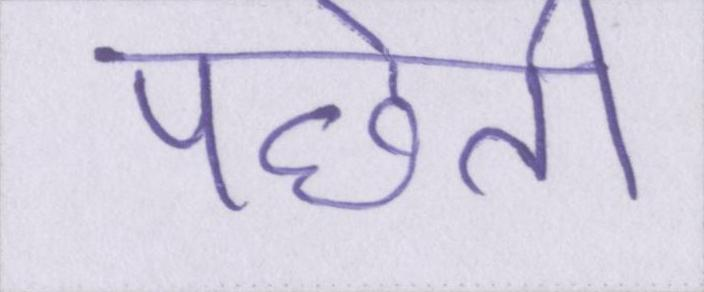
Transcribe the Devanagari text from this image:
पछेती